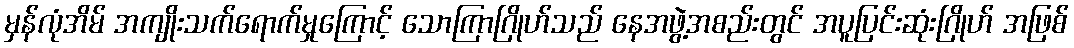
မှန်လုံအိမ် အကျိုးသက်ရောက်မှုကြောင့် သောကြာဂြိုဟ်သည် နေအဖွဲ့အစည်းတွင် အပူပြင်းဆုံးဂြိုဟ် အဖြစ်